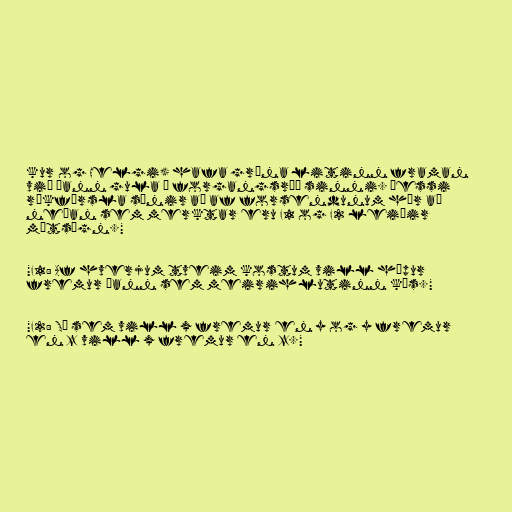
kur og Helgi) hafa græna litinn framan
við þann gula í forgangsröð sinni. Þessi
rökfærsla sýnir að af forsendunum hér að
neðan sem merktar eru F1 og F2 leiðir
mótsögn."

"F1: Af hverjum tveim kostum vill hópur
fremur þann sem meirihlutinn kýs."

"F2: Sá sem vill x fremur en y og y fremur
en z vill x fremur en z."